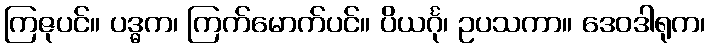
ကြဇုပင်။ ပဒ္ဓက၊ ကြက်မောက်ပင်။ ပိယင်္ဂု၊ ဥပသကာ။ ဒေဝဒါရုက၊